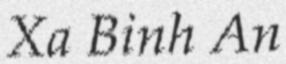
Xa Binh An